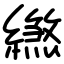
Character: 繺